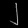
Digit: ၂